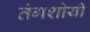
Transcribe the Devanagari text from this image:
तंगशोयी